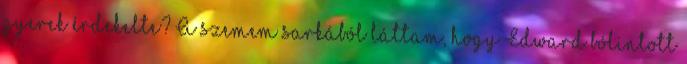
gyerek érdekelte? A szemem sarkából láttam, hogy Edward bólintott